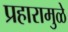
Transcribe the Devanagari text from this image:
प्रहारामुळे